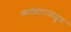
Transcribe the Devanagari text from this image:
व्यवहारामधून